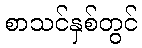
စာသင်နှစ်တွင်